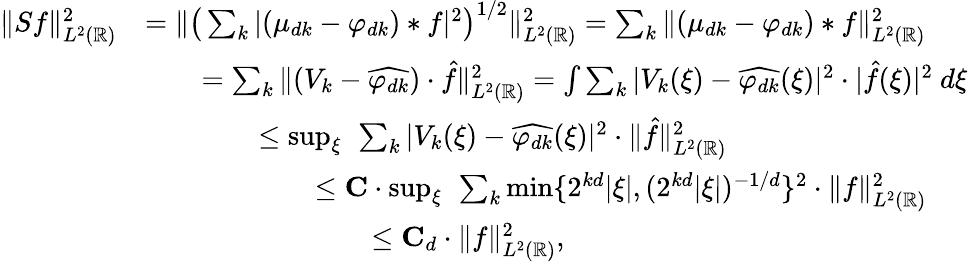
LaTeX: \begin{array}{rl}{\| Sf\| _{L^{2}(\mathbb{R})}^{2}}&{=\| \big(\sum_{k}|(\mu_{dk}-\varphi_{dk})*f|^{2}\big)^{1/2}\| _{L^{2}(\mathbb{R})}^{2}=\sum_{k}\| (\mu_{dk}-\varphi_{dk})*f\| _{L^{2}(\mathbb{R})}^{2}}\\ &{\qquad=\sum_{k}\| (V_{k}-\widehat{\varphi_{dk}})\cdot\hat{f}\| _{L^{2}(\mathbb{R})}^{2}=\int\sum_{k}|V_{k}(\xi)-\widehat{\varphi_{dk}}(\xi)|^{2}\cdot|\hat{f}(\xi)|^{2}\ d\xi}\\ &{\qquad\qquad\leq\operatorname*{sup}_{\xi}\ \sum_{k}|V_{k}(\xi)-\widehat{\varphi_{dk}}(\xi)|^{2}\cdot\| \hat{f}\| _{L^{2}(\mathbb{R})}^{2}}\\ &{\qquad\qquad\qquad\leq\mathbf{C}\cdot\operatorname*{sup}_{\xi}\ \sum_{k}\operatorname*{min}\{ 2^{kd}|\xi|,(2^{kd}|\xi|)^{-1/d}\} ^{2}\cdot\| f\| _{L^{2}(\mathbb{R})}^{2}}\\ &{\qquad\qquad\qquad\qquad\leq\mathbf{C}_{d}\cdot\| f\| _{L^{2}(\mathbb{R})}^{2},}\end{array}